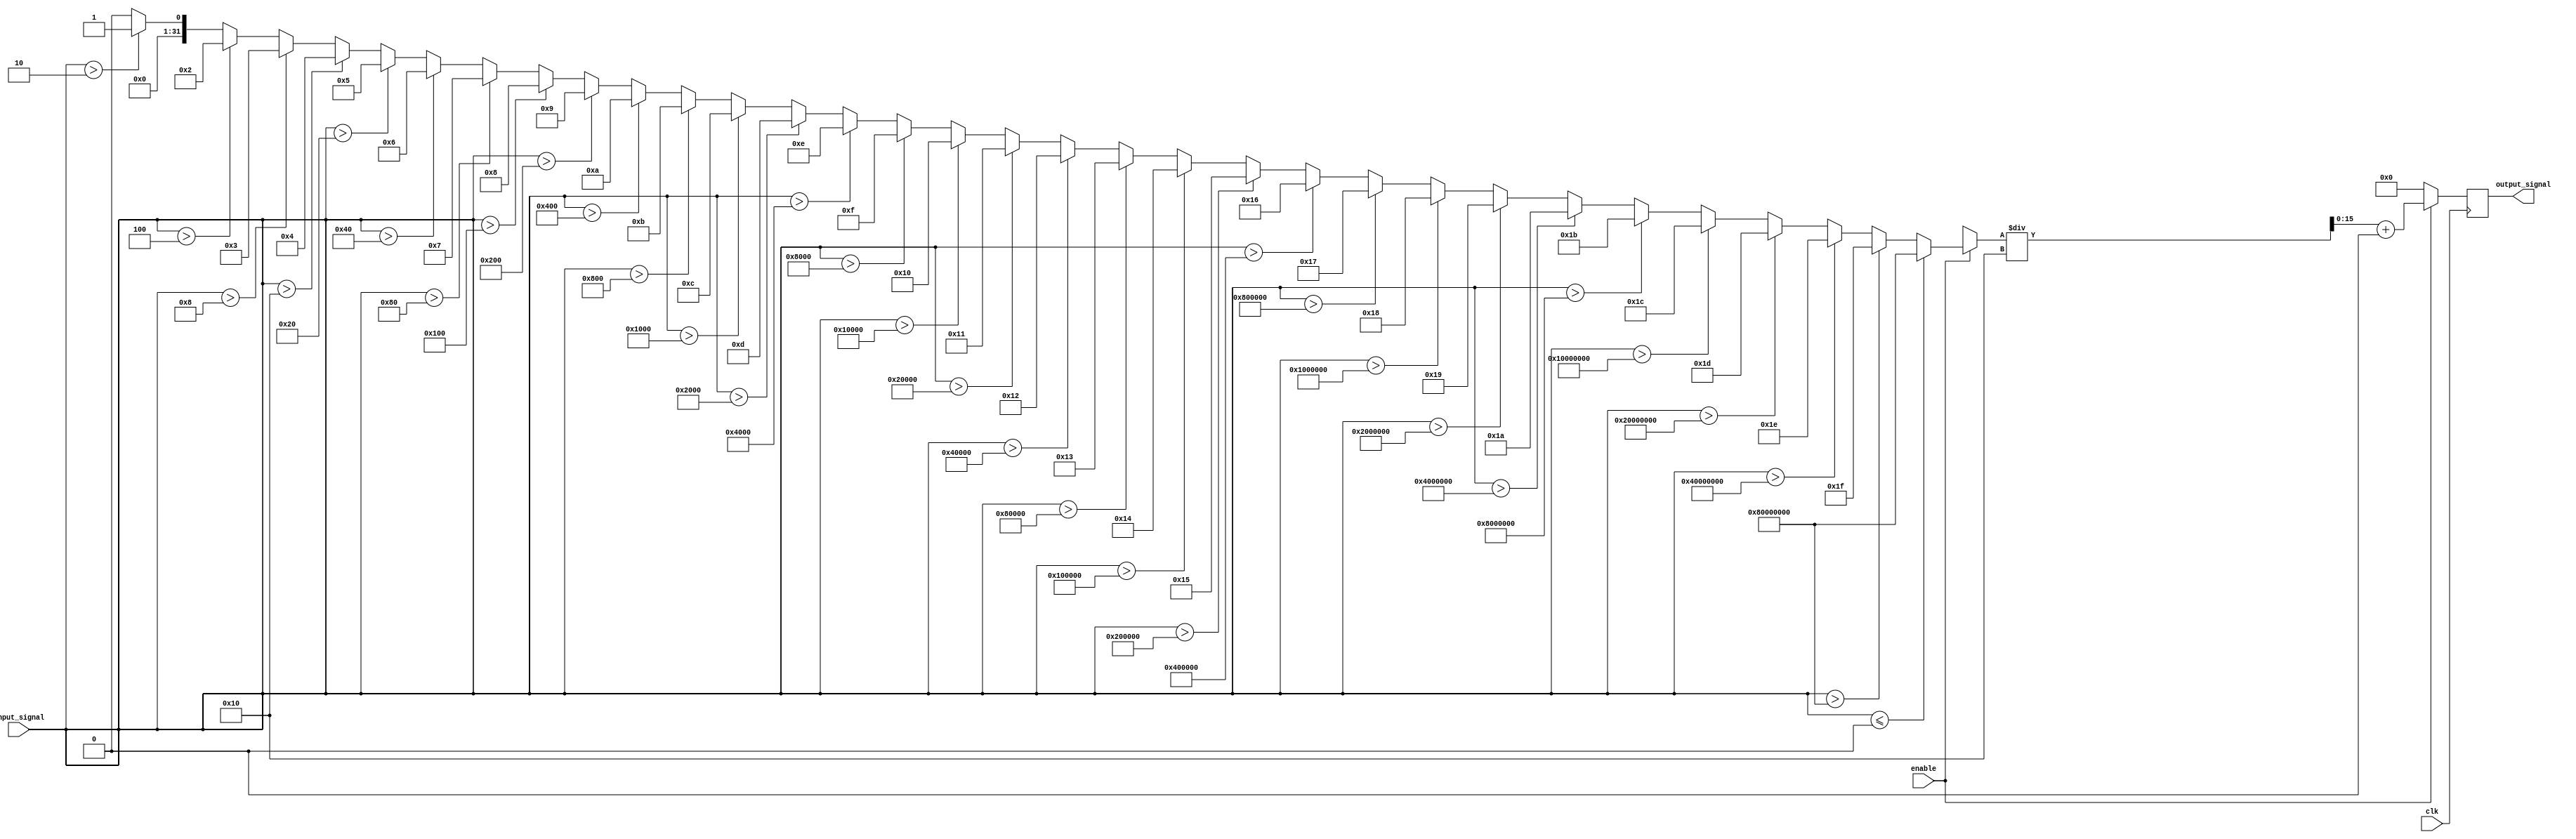
module LogarithmicAmplifier (
    input wire [15:0] input_signal,  // 16-bit input signal
    input wire clk,                   // Clock signal
    input wire enable,                // Enable signal for the amplifier
    output reg [15:0] output_signal   // 16-bit output signal
);

    // Parameters for scaling and offset
    parameter SCALING_FACTOR = 16;    // Example scaling factor
    parameter OFFSET = 0;               // Example offset

    // Internal variable for logarithmic calculation
    reg [31:0] log_value;              // 32-bit for intermediate logarithmic value

    // Logarithm calculation (simple approximation)
    function [31:0] log2;
        input [15:0] x;
        integer i;
        begin
            if (x <= 0) begin
                log2 = 32'h80000000; // Return a specific value for log(0) or negative input
            end else begin
                log2 = 0;
                for (i = 0; i < 32; i = i + 1) begin
                    if (x > (1 << i)) begin
                        log2 = i;
                    end
                end
            end
        end
    endfunction

    // Process block for logarithmic amplification
    always @(posedge clk) begin
        if (enable) begin
            log_value = log2(input_signal); // Calculate logarithmic value
            output_signal = (log_value / SCALING_FACTOR) + OFFSET; // Scale and offset
        end else begin
            output_signal = 16'b0; // Output zero when disabled
        end
    end

endmodule